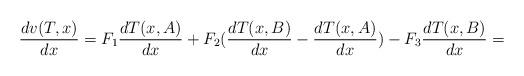
LaTeX: \begin{align*}\frac{dv(T,x)}{dx}=F_{1}\frac{dT(x,A)}{dx}+F_{2}(\frac{dT(x,B)}{dx}-\frac{dT(x,A)}{dx})-F_{3}\frac{dT(x,B)}{dx}=\end{align*}